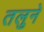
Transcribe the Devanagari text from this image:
तलुने